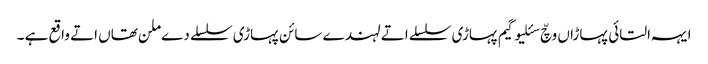
ایہہ التائی پہاڑاں وچّ سئلیوگیم​ پہاڑی سلسلے اتے لہندے سائن پہاڑی سلسلے دے ملن تھاں اتے واقع ہے ۔